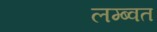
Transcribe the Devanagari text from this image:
लम्ब्वत